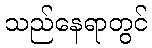
သည်နေရာတွင်